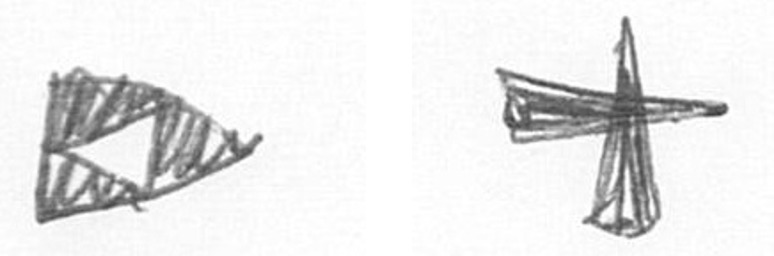
K G